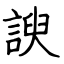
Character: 諛